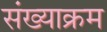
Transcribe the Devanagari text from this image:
संख्याक्रम